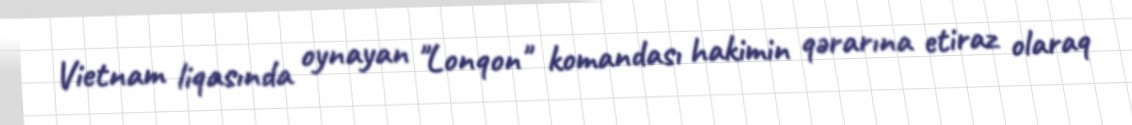
Vietnam liqasında oynayan "Lonqon" komandası hakimin qərarına etiraz olaraq